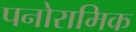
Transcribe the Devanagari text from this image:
पनोरामिक